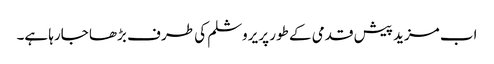
اب مزید پیش قدمی کے طور پر یروشلم کی طر ف بڑھا جارہا ہے۔